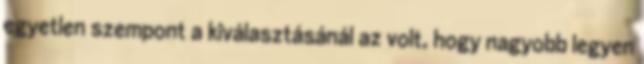
egyetlen szempont a kiválasztásánál az volt, hogy nagyobb legyen